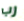
رب